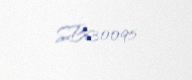
SB630095